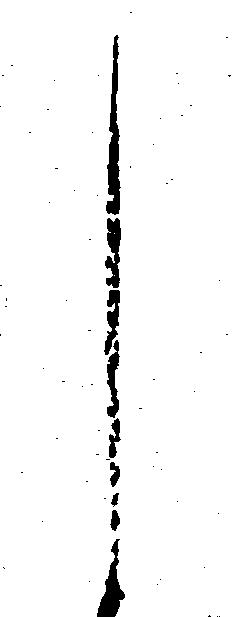
し